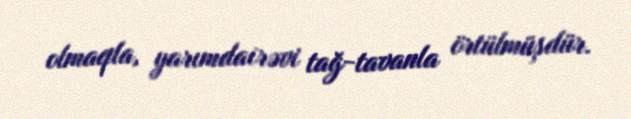
olmaqla, yarımdairəvi tağ-tavanla örtülmüşdür.